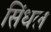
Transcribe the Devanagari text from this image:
सिंधल